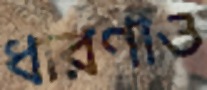
ধারণাও